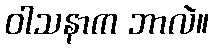
ဝါသနာက ဘာလဲ။